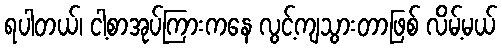
ရပါတယ်၊ ငါ့စာအုပ်ကြားကနေ လွင့်ကျသွားတာဖြစ် လိမ့်မယ်